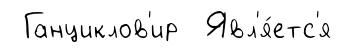
Ганциклов'ир Явл'я́етс'я